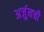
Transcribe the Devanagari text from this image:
अर्जुनची